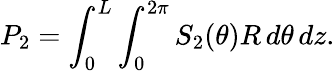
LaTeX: P_{2}=\int_{0}^{L}\int_{0}^{2\pi}S_{2}(\theta)R\, d\theta\, dz.